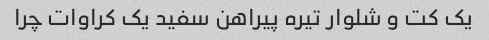
یک کت و شلوار تیره پیراهن سفید یک کراوات چرا